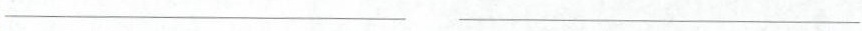
___ ___